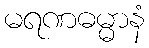
မရဏဓမ္မာနံ